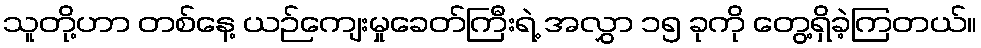
သူတို့ဟာ တစ်နေ့ ယဉ်ကျေးမှုခေတ်ကြီးရဲ့ အလွှာ ၁၅ ခုကို တွေ့ရှိခဲ့ကြတယ်။